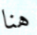
هنا